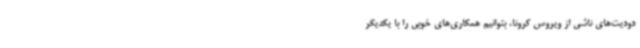
دودیت‌های ناشی از ویروس کرونا، بتوانیم همکاری‌های خوبی را با یکدیگر